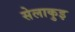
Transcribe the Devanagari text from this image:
सेलाकुइ